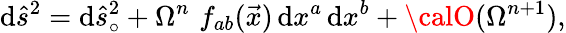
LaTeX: \mathrm{d}{\hat{{s}}}^{2}=\mathrm{d}{\hat{{s}}}_{\circ}^{2}+\Omega^{n}\, \, f_{ab}(\vec{{x}})\, \mathrm{d}x^{a}\, \mathrm{d}x^{b}+{\calO}(\Omega^{n+1}),